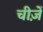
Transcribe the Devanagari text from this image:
चीज़ेँ